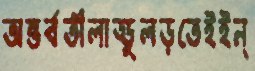
অন্তর্বতীলাড্ডুলড়তেইইন্